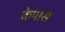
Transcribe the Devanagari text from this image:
केपास